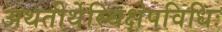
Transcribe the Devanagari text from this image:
अथतीर्थेस्थिक्षेपविधिः